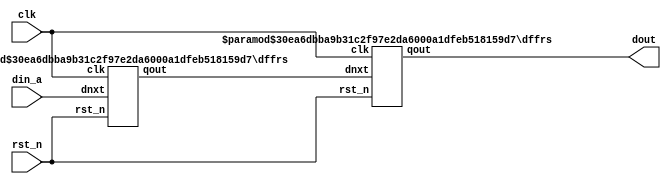
`timescale 1ns / 1ps

module syncer# (
  parameter DP = 2,
  parameter DW = 32,
  parameter RST_VAL = {DW{1'b0}}
) (
  input  [DW-1:0] din_a,
  output [DW-1:0] dout,

  input           rst_n,
  input           clk
);

  wire [DW-1:0] sync_dat [DP-1:0];

  genvar i;

  generate
  for(i=0;i<DP;i=i+1) begin:gen_sync
    if(i==0) begin:gen_i_is_0
      dffrs #(DW, RST_VAL) sync_dffrs(din_a,         sync_dat[0], clk, rst_n);
    end
    else begin:gen_i_is_not_0
      dffrs #(DW, RST_VAL) sync_dffrs(sync_dat[i-1], sync_dat[i], clk, rst_n);
    end
  end
  endgenerate

  assign dout = sync_dat[DP-1];
endmodule



module dffrs # (
  parameter DW   = 32
, parameter [DW-1:0]  RST  = {DW{1'b1}}
) (
  input      [DW-1:0] dnxt,
  output     [DW-1:0] qout,

  input               clk,
  input               rst_n
);
reg [DW-1:0] qout_r;

always @(posedge clk or negedge rst_n)
begin : DFF_PROC
  if (rst_n == 1'b0)
    qout_r <= RST;
  else
    qout_r <= dnxt;
end

assign qout = qout_r[DW-1:0];

endmodule